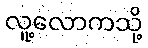
လူ့လောကသို့